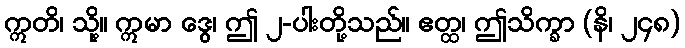
ဣတိ၊ သို့။ ဣမာ ဒွေ၊ ဤ ၂-ပါးတို့သည်။ ဧတ္ထ၊ ဤသိက္ခာ (နိ၊ ၂၄၈)